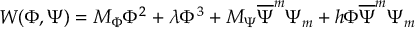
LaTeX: W ( \Phi , \Psi ) = M _ { \Phi } \Phi ^ { 2 } + \lambda \Phi ^ { 3 } + M _ { \Psi } \overline { { { \Psi } } } ^ { m } \Psi _ { m } + h \Phi \overline { { { \Psi } } } ^ { m } \Psi _ { m }